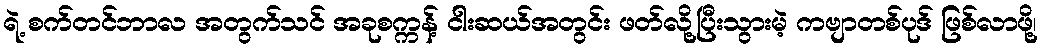
ရဲ့ စက်တင်ဘာလ အတွက်သင် အခုစက္ကန့် ငါးဆယ်အတွင်း ဖတ်လို့ပြီးသွားမဲ့ ကဗျာတစ်ပုဒ် ဖြစ်လာဖို့၊